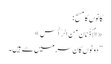
کانوں کا مسح:
«اَلْأُذُنَانِ مِنَ الرَّأْسِ»
’’دونوں کان سر میں سے ہیں۔